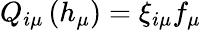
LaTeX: Q_{i\mu}\left(h_{\mu}\right)=\xi_{i\mu}f_{\mu}